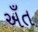
અઁત